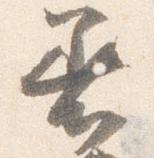
着